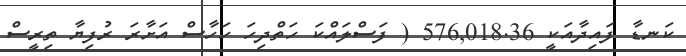
ކަނޑާ ފައިދާއަކީ 576